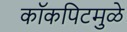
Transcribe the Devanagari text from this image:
कॉकपिटमुळे